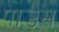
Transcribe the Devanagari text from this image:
पाउंस